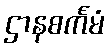
ဌာနစင်္ကမံ